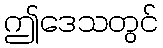
ဤဒေသတွင်